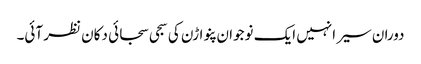
دوران سیر انہیں ایک نوجوان پنواڑن کی سجی سجائی دکان نظر آئی۔